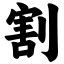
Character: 割